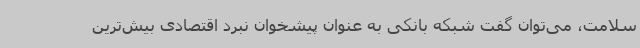
سلامت، می‌توان گفت شبکه بانکی به عنوان پیشخوان نبرد اقتصادی بیش‌ترین